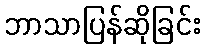
ဘာသာပြန်ဆိုခြင်း